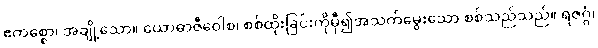
ဧကစ္စော၊ အချို့သော။ ယောဓာဇီဝေါစ၊ စစ်ထိုးခြင်းကိုမှီ၍အသက်မွေးသော စစ်သည်သည်။ ရဇဂ္ဂံ၊